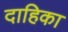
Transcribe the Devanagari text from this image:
दाहिका